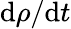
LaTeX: \mathrm{d}\rho/\mathrm{d}t